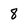
Character: 8